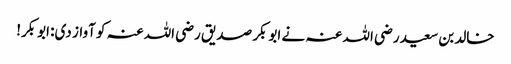
خالد بن سعید رضی اللہ عنہ نے ابوبکر صدیق رضی اللہ عنہ کو آواز دی: ابوبکر!